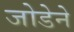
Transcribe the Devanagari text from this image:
जोडेने